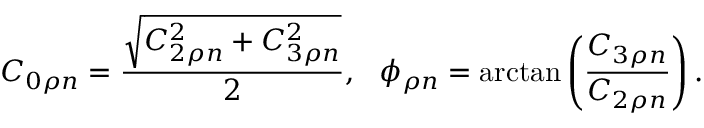
C _ { 0 \rho n } = \frac { \sqrt { C _ { 2 \rho n } ^ { 2 } + C _ { 3 \rho n } ^ { 2 } } } { 2 } , ~ ~ \phi _ { \rho n } = \arctan \left( \frac { C _ { 3 \rho n } } { C _ { 2 \rho n } } \right) .